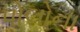
પોલોના